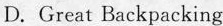
D.Great Backpacking